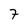
Character: 7